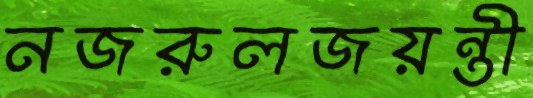
নজরুলজয়ন্তী